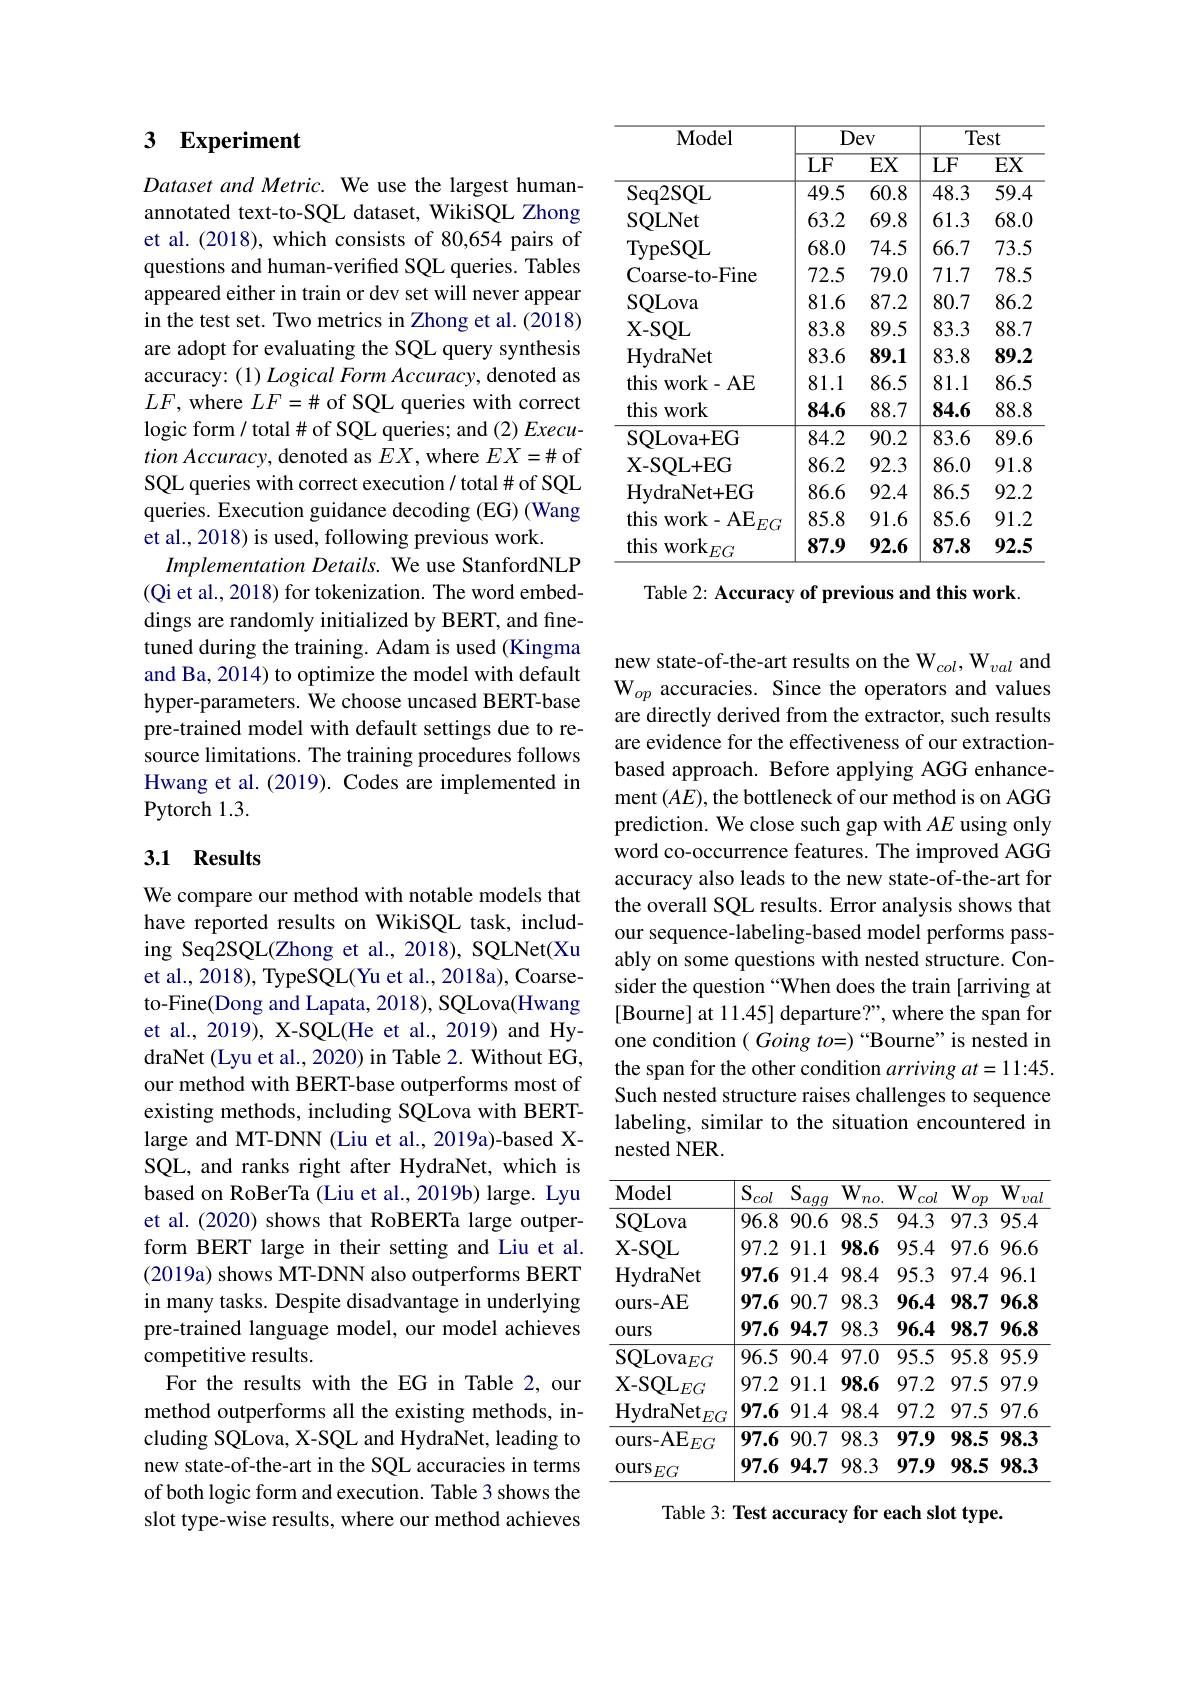
<table>
	<tbody>
		<tr>
			<th rowspan="2">$\mathbf{Model}$</th>
			<th colspan="2">Dev</th>
			<th colspan="2">Test</th>
		</tr>
		<tr>
			<th>$\overline{{\mathrm{LF}}}$</th>
			<th>$\overline{\mathrm{EX}}$</th>
			<th>$\overline{{\mathrm{LF}}}$</th>
			<th>$\overline{\mathrm{EX}}$</th>
		</tr>
		<tr>
			<td>Seq2SQL</td>
			<td>49.5</td>
			<td>60.8</td>
			<td>48.3</td>
			<td>$\overline{59.4}$</td>
		</tr>
		<tr>
			<td>SQLNet</td>
			<td>63.2</td>
			<td>69.8</td>
			<td>61.3</td>
			<td>68.0</td>
		</tr>
		<tr>
			<td>TypeSQL</td>
			<td>68.0</td>
			<td>74.5</td>
			<td>66.7</td>
			<td>73.5</td>
		</tr>
		<tr>
			<td>Coarse- to- Fine</td>
			<td>72.5</td>
			<td>79.0</td>
			<td>71.7</td>
			<td>78.5</td>
		</tr>
		<tr>
			<td>SQLova</td>
			<td>81.6</td>
			<td>87.2</td>
			<td>80.7</td>
			<td>86.2</td>
		</tr>
		<tr>
			<td>$\mathbf{X-SQL}$</td>
			<td>83.8</td>
			<td>89.5</td>
			<td>83.3</td>
			<td>88.7</td>
		</tr>
		<tr>
			<td>HydraNet</td>
			<td>83.6</td>
			<td>89.1</td>
			<td>83.8</td>
			<td>89.2</td>
		</tr>
		<tr>
			<td>this work- AE </td>
			<td>81.1</td>
			<td>86.5</td>
			<td>81.1</td>
			<td>86.5</td>
		</tr>
		<tr>
			<td>this work </td>
			<td>84.6</td>
			<td>88.7</td>
			<td>84.6</td>
			<td>88.8</td>
		</tr>
		<tr>
			<td>SQLova+EG</td>
			<td>84.2</td>
			<td>90.2</td>
			<td>83.6</td>
			<td>89.6</td>
		</tr>
		<tr>
			<td>X- SQL+ EG</td>
			<td>86.2</td>
			<td>92.3</td>
			<td>86.0</td>
			<td>91.8</td>
		</tr>
		<tr>
			<td>HydraNet+ EG</td>
			<td>86.6</td>
			<td>92.4</td>
			<td>86.5</td>
			<td>92.2</td>
		</tr>
		<tr>
			<td>this $s$ work-AE $EG$</td>
			<td>85.8</td>
			<td>91.6</td>
			<td>85.6</td>
			<td>91.2</td>
		</tr>
		<tr>
			<td>this ${\mathrm{~work}}$ $\cdot FG$</td>
			<td>87.9</td>
			<td>92.6</td>
			<td>87.8</td>
			<td>92.5</td>
		</tr>
	</tbody>
</table>
Table 2: Accuracy of previous and this work.

## 3 Experiment

Dataset and Metric. We use the largest humanannotated text-to-SQL dataset, WikiSQL Zhong et al. (2018), which consists of 80,654 pairs of questions and human-verified SQL queries. Tables appeared either in train or dev set will never appear in the test set. Two metrics in Zhong et al.(2018) are adopt for evaluating the SQL query synthesis accuracy: (1) Logical Form Accuracy, denoted as $LF$, where $LF=\#$ of SQL queries with correct logic form/ total # of SQL queries; and (2) Execu- $tion\textit{Accuracy, denoted as }EX$,where $EX=\#$ of SQL queries with correct execution / total # of SQL queries. Execution guidance decoding (EG) (Wang et al., 2018) is used, following previous work.
Implementation Details. We use StanfordNLP (Qi et al., 2018) for tokenization. The word embeddings are randomly initialized by BERT, and finetuned during the training. Adam is used (Kingma and Ba, 2014) to optimize the model with default hyper-parameters. We choose uncased BERT-base pre-trained model with default settings due to resource limitations. The training procedures follows Hwang et al. (2019). Codes are implemented in Pytorch 1.3.

## 3.1 Results

We compare our method with notable models that have reported results on WikiSQL task, including Seq2SQL(Zhong et al., 2018), SQLNet(Xu et al., 2018), TypeSQL( Yu et al., 2018a), Coarseto-Fine(Dong and Lapata, 2018), SQLova(Hwang et al., 2019), X-SQL(He et al., 2019) and HydraNet (Lyu et al., 2020) in Table 2. Without EG, our method with BERT-base outperforms most of existing methods, including SQLova with BERTlarge and MT-DNN (Liu et al., 2019a)-based XSQL, and ranks right after HydraNet, which is based on RoBerTa (Liu et al., 2019b) large. Lyu et al.(2020) shows that RoBERTa large outperform BERT large in their setting and Liu et al. (2019a) shows MT-DNN also outperforms BERT in many tasks. Despite disadvantage in underlying pre-trained language model, our model achieves competitive results.
For the results with the EG in Table 2, our method outperforms all the existing methods, including SQLova, X-SQL and HydraNet, leading to new state-of-the-art in the SQL accuracies in terms of both logic form and execution. Table 3 shows the slot type-wise results, where our method achieves

new state-of-the-art results on the W$_col,\mathrm{W}_{val}$ and W$_op$ accuracies. Since the operators and values are directly derived from the extractor, such results are evidence for the effectiveness of our extractionbased approach. Before applying AGG enhancement $(AE)$, the bottleneck of our method is on AGG prediction. We close such gap with $AE$ using only word co-occurrence features. The improved AGG accuracy also leads to the new state-of-the-art for the overall SQL results. Error analysis shows that our sequence-labeling-based model performs passably on some questions with nested structure. Consider the question “When does the train [arriving at [Bourne] at 11.45] departure?", where the span for one condition $( \textit{Going to= ) “ Bourne" is nested in}$ the span for the other condition $arrivingat=11:45.$ Such nested structure raises challenges to sequence labeling, similar to the situation encountered in nested NER.

<table>
	<tbody>
		<tr>
			<th>$\mathbf{Model}$</th>
			<th>$\overline{\mathrm{S}_{col}}$</th>
			<th>$S$ $'agg$</th>
			<th>$W.$ col</th>
			<th>$W.$ $l$ $op$</th>
			<th>$W.$ val $p$</th>
		</tr>
		<tr>
			<td>SQLova</td>
			<td>96.8</td>
			<td>90.6</td>
			<td>94.3</td>
			<td>97.3</td>
			<td>95.4 3</td>
		</tr>
		<tr>
			<td>$\mathbf{X-SQL}$</td>
			<td>97.2</td>
			<td>91.1</td>
			<td>95.4</td>
			<td>97.6</td>
			<td>96.6 6</td>
		</tr>
		<tr>
			<td>HydraNet</td>
			<td>97.6</td>
			<td>91.4</td>
			<td>95.3</td>
			<td>97.4</td>
			<td>96.1 4</td>
		</tr>
		<tr>
			<td>ours- AE</td>
			<td>97.6</td>
			<td>90.7</td>
			<td>96.4</td>
			<td>98.7</td>
			<td>96.8 7</td>
		</tr>
		<tr>
			<td>$0urs$</td>
			<td>97.6</td>
			<td>94.7</td>
			<td>96.4</td>
			<td>98.7</td>
			<td>96.8 7</td>
		</tr>
		<tr>
			<td>$\mathrm{SQLova}_{EG}$</td>
			<td>96.5</td>
			<td>90.4</td>
			<td>95.5</td>
			<td>95.8</td>
			<td>95.9 8</td>
		</tr>
		<tr>
			<td>$\mathbf{X-SQL}$ $-EG$</td>
			<td>97.2</td>
			<td>91.1</td>
			<td>97.2</td>
			<td>97.5</td>
			<td>97.9 5</td>
		</tr>
		<tr>
			<td>HydraNet $^{[}EG$</td>
			<td>97.6</td>
			<td>91.4</td>
			<td>97.2</td>
			<td>97.5</td>
			<td>97.6 5</td>
		</tr>
		<tr>
			<td>ours- AE $\hat{z}_{EG}$</td>
			<td>97.6</td>
			<td>90.7</td>
			<td>97.9</td>
			<td>98.5</td>
			<td>98.3 5 </td>
		</tr>
		<tr>
			<td>$\operatorname{ours}_{EG}$</td>
			<td>97.6</td>
			<td>94.7</td>
			<td>97.9</td>
			<td>98.5</td>
			<td>98.3 5</td>
		</tr>
	</tbody>
</table>

Table 3: Test accuracy for each slot type.